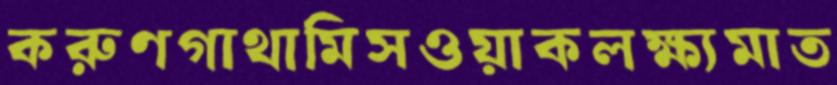
করুণগাথামিসওয়াকলক্ষ্যমাত